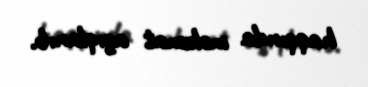
haqqında məlumat açıqlanıb.